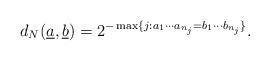
LaTeX: \begin{align*}d_N(\underline a,\underline b)=2^{-\max\{j:a_1\cdots a_{n_j}=b_1\cdots b_{n_j}\}}.\end{align*}